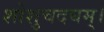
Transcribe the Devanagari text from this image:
शोशुचदघम्।